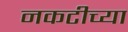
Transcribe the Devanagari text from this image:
नकटीच्या